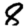
Digit: 8